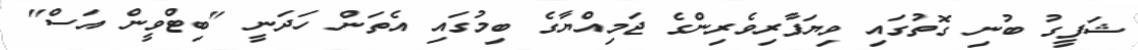
ޝަފީގު ބުނި ގޮތުގައި ވިޔަފާރިވެރިންގެ ޖަމިއްޔާގެ ބިމުގައި އެތަން ހަދަނީ "ބިޓްވީން އަސް"